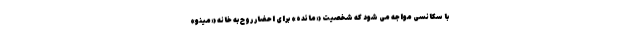
با سکانسی مواجه می شود که شخصیت «مائده» برای احضار روح به خانه «مینو»